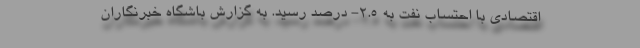
اقتصادی با احتساب نفت به ٢.۵- درصد رسید. به گزارش باشگاه خبرنگاران